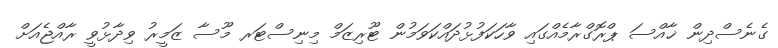
ގެނެސްދިން ޚާއްސަ ޕްރޮގްރާމެއްގައި ވާހަކަފުޅުދައްކަވަމުން ޓޫރިޒަމް މިނިސްޓަރ މޫސާ ޒަމީރު ވިދާޅުވީ ރާއްޖެއަށް